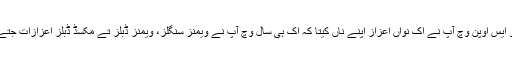
یو ایس اوپن وچ آپ نے اک نواں اعزاز اپنے ناں کیتا کہ اک ہی سال وچ آپ نے ویمنز سنگلز، ویمنز ڈبلز تے مکسڈ ڈبلز اعزازات جتے۔